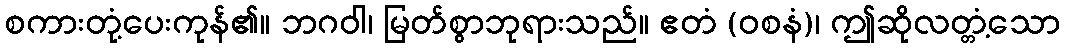
စကားတုံ့ပေးကုန်၏။ ဘဂဝါ၊ မြတ်စွာဘုရားသည်။ ဧတံ (ဝစနံ)၊ ဤဆိုလတ္တံ့သော